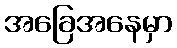
အခြေအနေမှာ